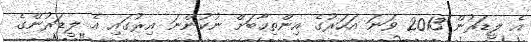
އެ ލީޑަރުން 2013 ވަނަ އަހަރުގެ އިންތިހާބަށް ނުކުންނަ އިރުގައި އެ ލީޑަރުންގެ